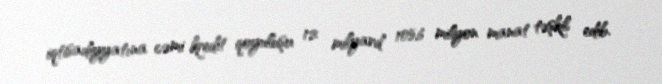
iqtisadiyyatına cəmi kredit qoyuluşu 12 milyard 105,6 milyon manat təşkil edib.